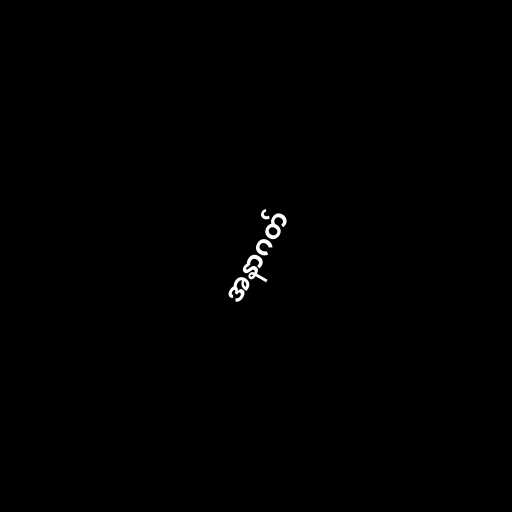
အနာဂတ်